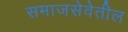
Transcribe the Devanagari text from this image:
समाजसेवेतील